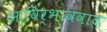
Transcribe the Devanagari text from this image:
आविर्भाववाद